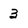
Character: 3